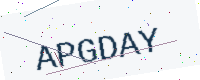
Text: APGDAY